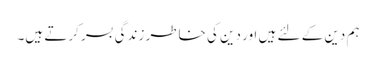
ہم دین کے لئے ہیں اور دین کی خاطر زندگی بسر کرتے ہیں۔